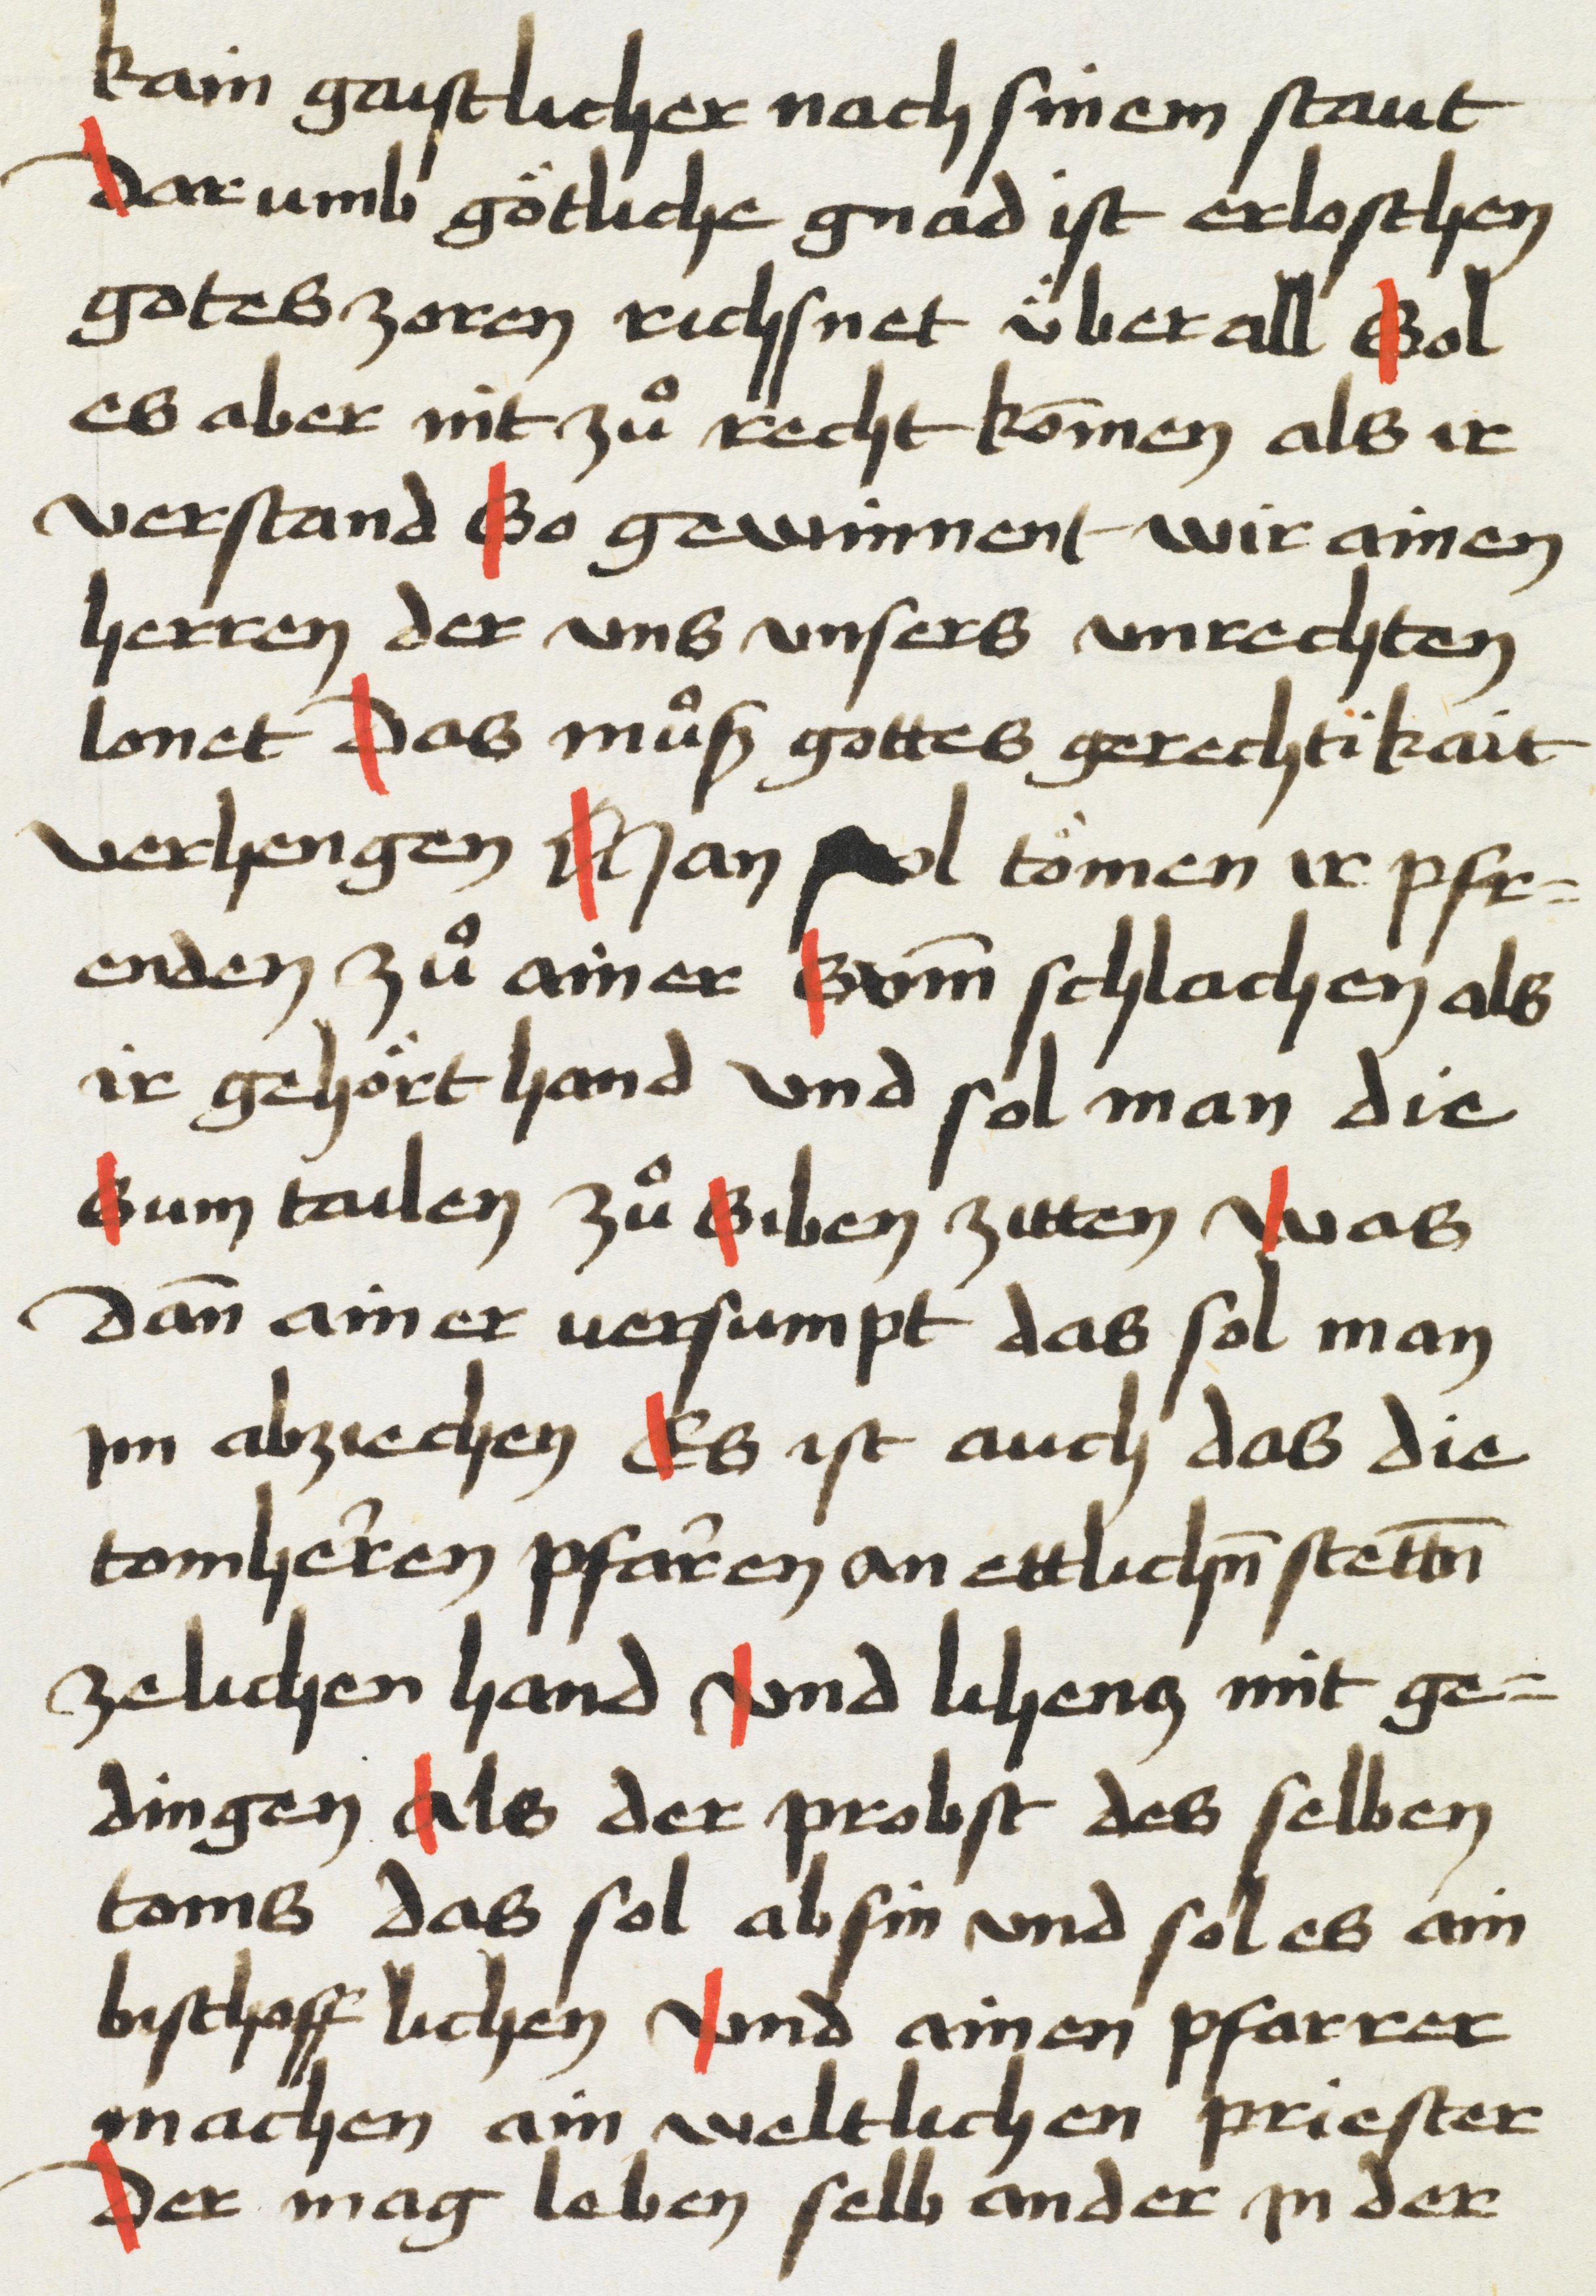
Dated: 1469–1469